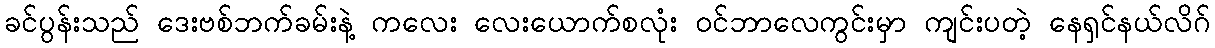
ခင်ပွန်းသည် ဒေးဗစ်ဘက်ခမ်းနဲ့ ကလေး လေးယောက်စလုံး ဝင်ဘာလေကွင်းမှာ ကျင်းပတဲ့ နေရှင်နယ်လိဂ်